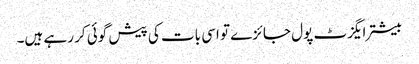
بیشتر ایگزٹ پول جائزے تو اسی بات کی پیش گوئی کر رہے ہیں۔